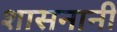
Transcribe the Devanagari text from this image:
शासनानी